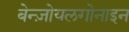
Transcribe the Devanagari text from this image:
बेन्ज़ोयलगोनाइन